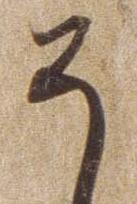
そ